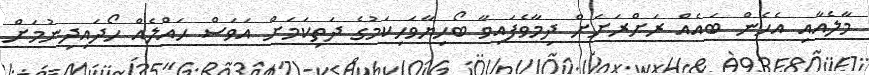
މާލެއާއި އެހެން ބައެއް ރަށްރަށަށް ދިމާވެފައިވާ ބޯހިޔާވަހިކަމުގެ ދަތިކަމަށް އަވަސް ޙައްލެއް ހޯދައިދިނުމަށް